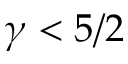
\gamma < 5 / 2